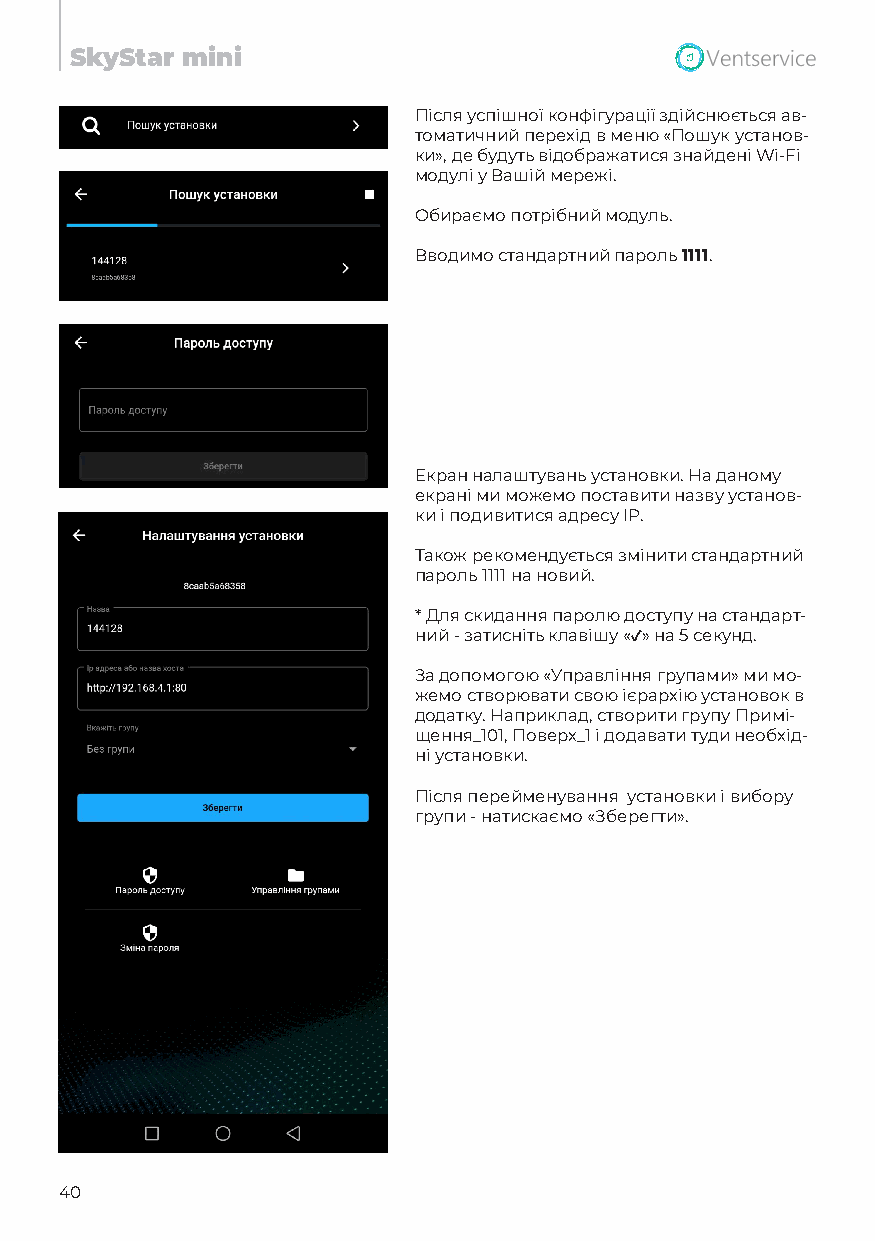
SkyStar mini
 Після успішної конфігурації здійснюється ав-
 томатичний перехід в меню «Пошук установ-
 ки», де будуть відображатися знайдені Wi-Fi
 модулі у Вашій мережі.
 Обираємо потрібний модуль.
 Вводимо стандартний пароль 1111.
 Екран налаштувань установки. На даному
 екрані ми можемо поставити назву установ-
 ки і подивитися адресу IP.
 Також рекомендується змінити стандартний
 пароль 1111 на новий.
 *Для скидання паролю доступу на стандарт-
 ний - затисніть клавішу «✓» на 5 секунд.
 За допомогою «Управління групами» ми мо-
 жемо створювати свою ієрархію установок в
 додатку. Наприклад, створити групу Примі-
 щення_101, Поверх_1 і додавати туди необхід-
 ні установки.
 Після перейменування установки і вибору
 групи - натискаємо «Зберегти».
 40